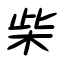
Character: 柴